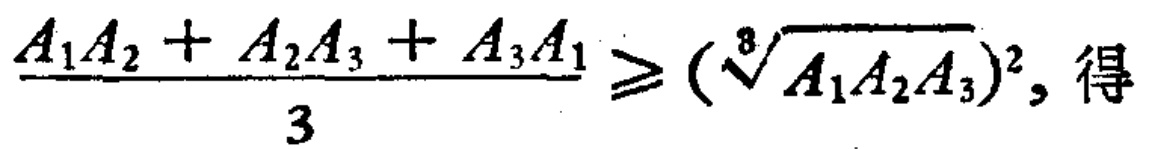
\frac{A_{1}A_{2}+A_{2}A_{3}+A_{3}A_{1}}{3}\geq(\sqrt[3]{A_{1}A_{2}A_{3}})^2，得